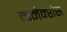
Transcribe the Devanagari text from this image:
कनेक्‍शंस